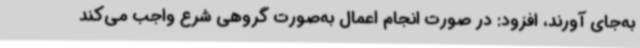
به‌جای آورند، افزود: در صورت انجام اعمال به‌صورت گروهی شرع واجب می‌کند